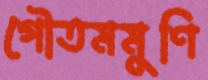
গৌতমমুণি